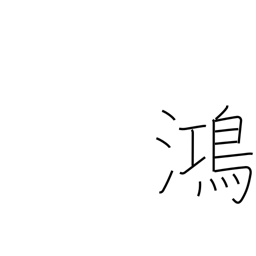
Meaning: prosperous